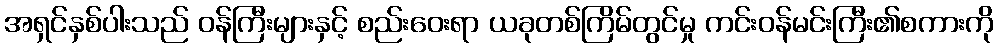
အရှင်နှစ်ပါးသည် ဝန်ကြီးများနှင့် စည်းဝေးရာ ယခုတစ်ကြိမ်တွင်မှု ကင်းဝန်မင်းကြီး၏စကားကို